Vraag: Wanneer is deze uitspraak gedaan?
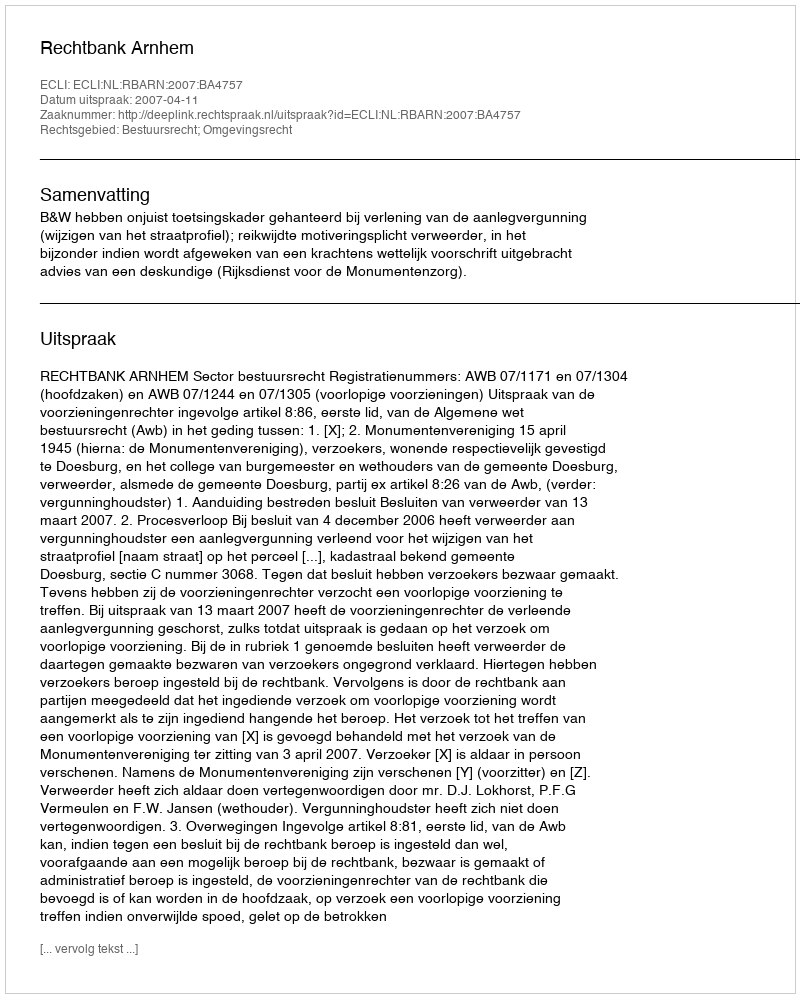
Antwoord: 2007-04-11